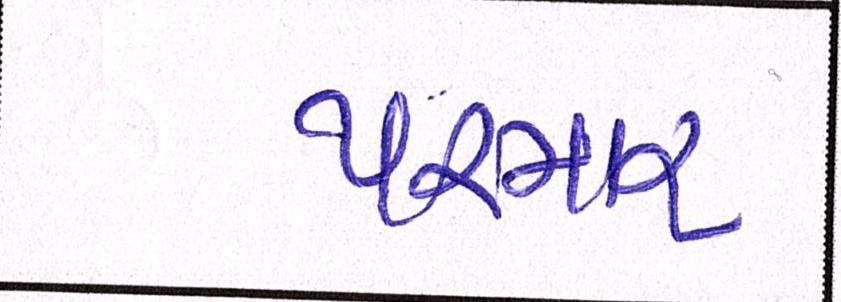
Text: પરમાર